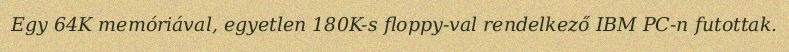
Egy 64K memóriával, egyetlen 180K-s floppy-val rendelkező IBM PC-n futottak.